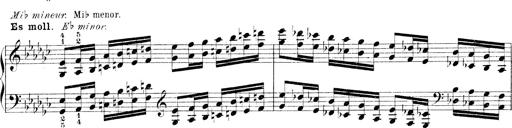
Title: Technische Studien
Composer: Franz Liszt